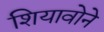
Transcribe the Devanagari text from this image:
शियावोने